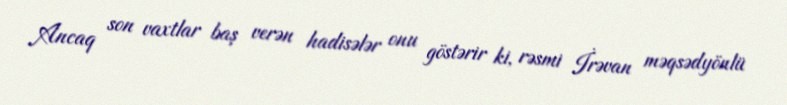
Ancaq son vaxtlar baş verən hadisələr onu göstərir ki, rəsmi İrəvan məqsədyönlü